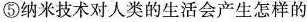
⑤纳米技术对人类的生活会产生怎样的